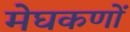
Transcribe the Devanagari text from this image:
मेघकणों